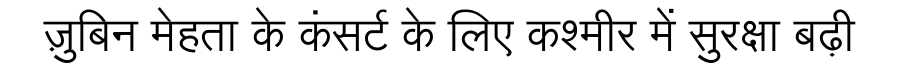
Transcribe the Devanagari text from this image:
ज़ुबिन मेहता के कंसर्ट के लिए कश्मीर में सुरक्षा बढ़ी